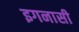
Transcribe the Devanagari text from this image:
इगनासी